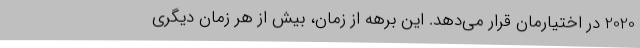
2020 در اختیارمان قرار می‌دهد. این برهه از زمان،‌ بیش از هر زمان دیگری